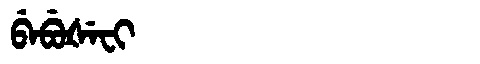
Manchu: ᠪᡝᠪᡠᡧᡝᠸᡳ
Romanization: BEBUŠEFI